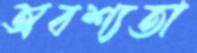
অবশ্যতা